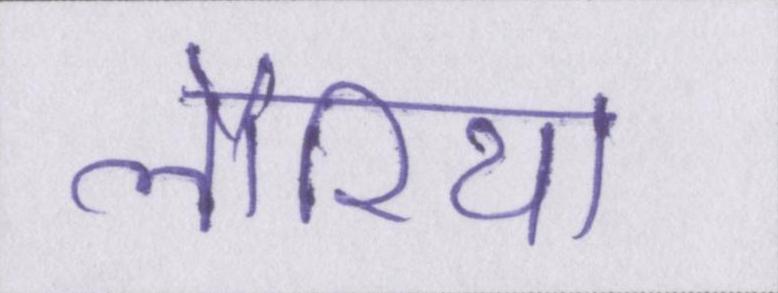
लौरिया